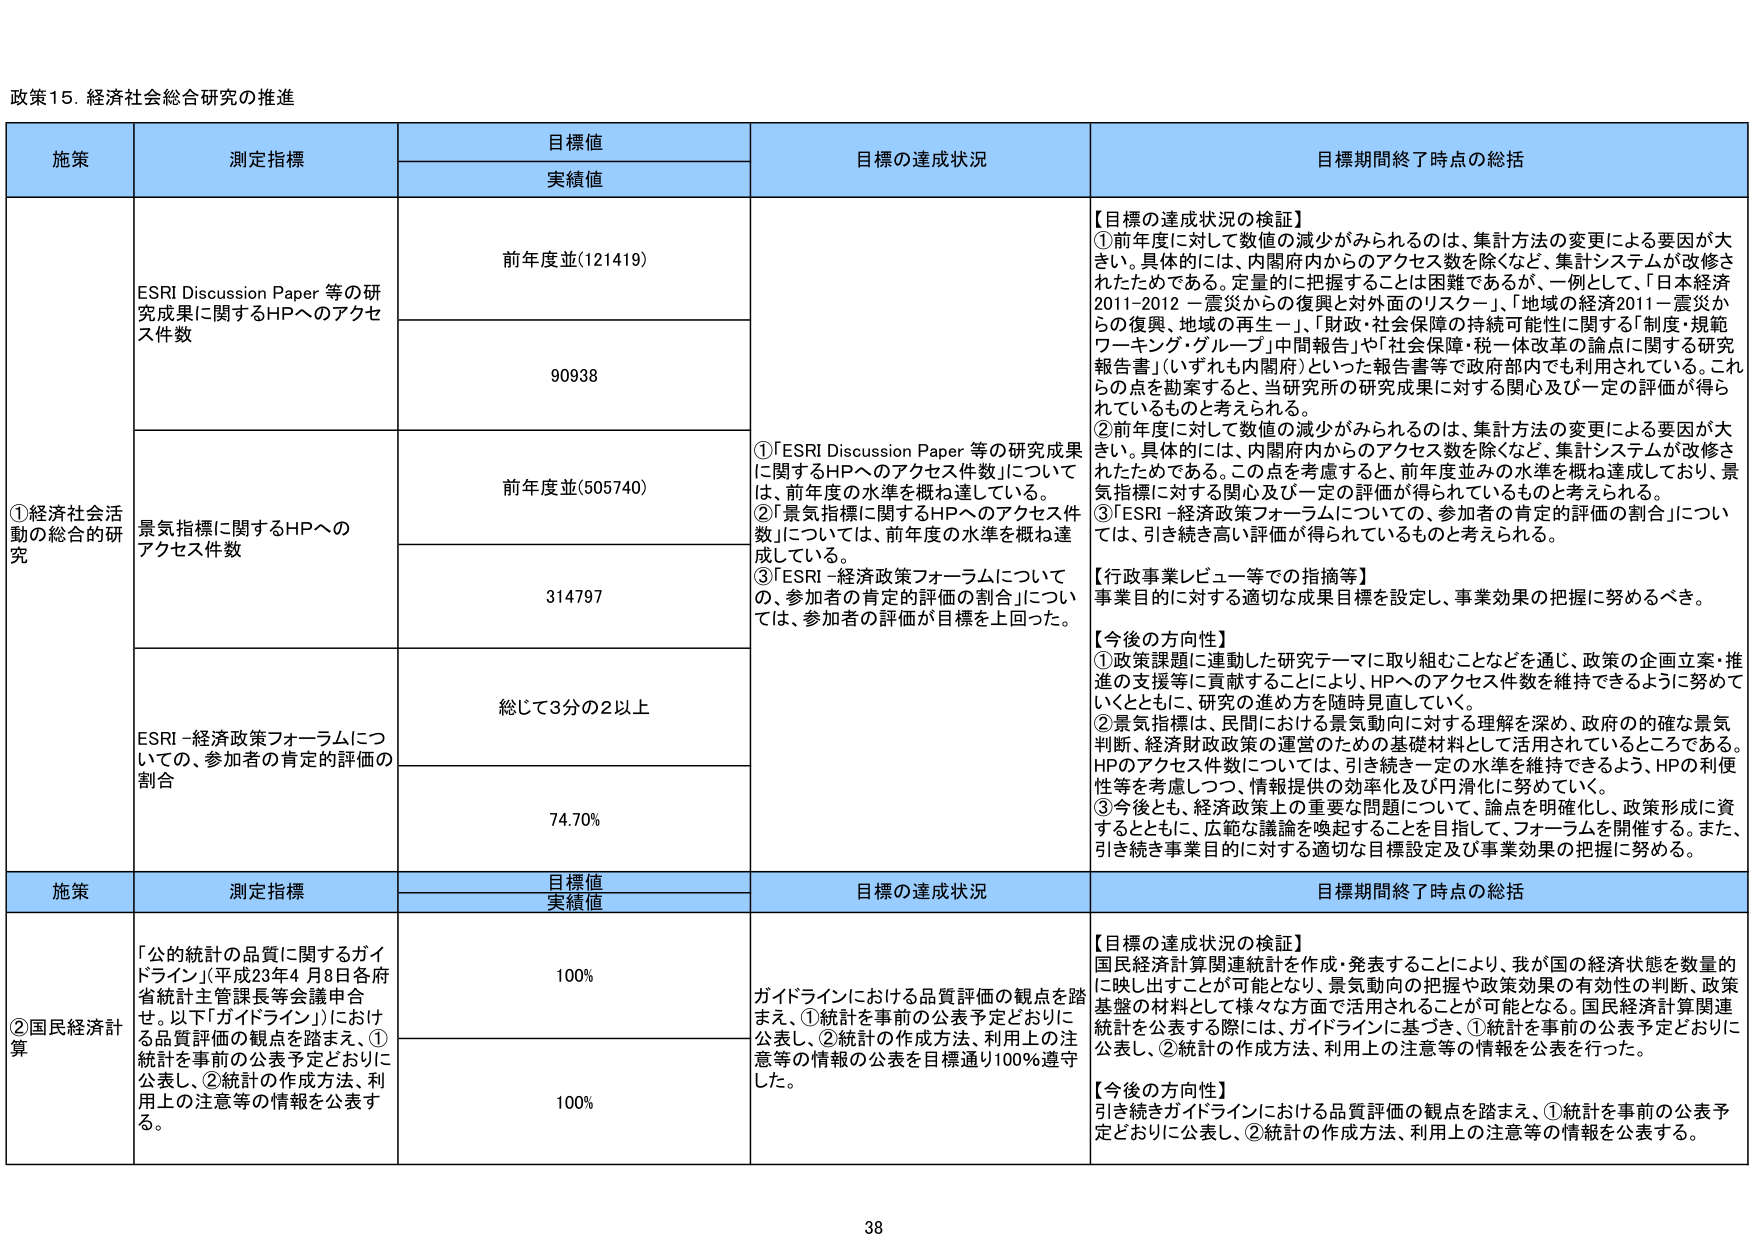
政策15. 経済社会総合研究の推進

施策	測定指標	目標値	目標の達成状況	目標期間終了時点の総括
		実績値
①経済社会活動の総合的研究	ESRI Discussion Paper 等の研究成果に関するHPへのアクセス件数	前年度並(121419)	【目標の達成状況の検証】
①前年度に対して数値の減少がみられるのは、集計方法の変更による要因が大きい。具体的には、内閣府内からのアクセス数を除くなど、集計システムが改修されたためである。定量的に把握することは困難であるが、一例として、「日本経済2011-2012 －震災からの復興と対外面のリスク－」、「地域の経済2011－震災からの復興、地域の再生－」、「財政・社会保障の持続可能性に関する「制度・規範ワーキング・グループ」中間報告」や「社会保障・税一体改革の論点に関する研究報告書」（いずれも内閣府）といった報告書等で政府部内でも利用されている。これらの点を勘案すると、当研究所の研究成果に対する関心及び一定の評価が得られているものと考えられる。
②前年度に対して数値の減少がみられるのは、集計方法の変更による要因が大きい。具体的には、内閣府内からのアクセス数を除くなど、集計システムが改修されたためである。この点を考慮すると、前年度並みの水準を概ね達成しており、景気指標に対する関心及び一定の評価が得られているものと考えられる。
③「ESRI -経済政策フォーラムについての、参加者の肯定的評価の割合」については、引き続き高い評価が得られているものと考えられる。
【行政事業レビュー等での指摘等】
事業目的に対する適切な成果目標を設定し、事業効果の把握に努めるべき。
【今後の方針】
①政策課題に連動した研究テーマに取り組むことなどを通じ、政策の企画立案・推進の支援等に貢献することにより、HPへのアクセス件数を維持できるように努めていくとともに、研究の進め方を随時見直していく。
②景気指標は、民間における景気動向に対する理解を深め、政府の的確な景気判断、経済財政政策の運営のための基礎材料として活用されているところである。HPのアクセス件数については、引き続き一定の水準を維持できるよう、HPの利便性等を考慮しつつ、情報提供の効率化及び円滑化に努めていく。
③今後とも、経済政策上の重要な問題について、論点を明確化し、政策形成に資するとともに、広範な議論を喚起することを目指して、フォーラムを開催する。また、引き続き事業目的に対する適切な目標設定及び事業効果の把握に努める。	90938
	景気指標に関するHPへのアクセス件数	前年度並(505740)	①「ESRI Discussion Paper 等の研究成果に関するHPへのアクセス件数」については、前年度の水準を概ね達している。
②「景気指標に関するHPへのアクセス件数」については、前年度の水準を概ね達成している。
③「ESRI -経済政策フォーラムについての、参加者の肯定的評価の割合」については、参加者の評価が目標を上回った。	314797
	ESRI -経済政策フォーラムについての、参加者の肯定的評価の割合	総じて3分の2以上	74.70%

施策	測定指標	目標値	目標の達成状況	目標期間終了時点の総括
		実績値
②国民経済計算	「公的統計の品質に関するガイドライン」（平成23年4月8日各府省統計主管課長等会議申合せ。以下「ガイドライン」）における品質評価の観点を踏まえ、①統計を事前の公表予定どおりに公表し、②統計の作成方法、利用上の注意等の情報を公表する。	100%	ガイドラインにおける品質評価の観点を踏まえ、①統計を事前の公表予定どおりに公表し、②統計の作成方法、利用上の注意等の情報の公表を目標通り100%遵守した。	【目標の達成状況の検証】
国民経済計算関連統計を作成・発表することにより、我が国の経済状態を数量的に映し出すことが可能となり、景気動向の把握や政策効果の有効性の判断、政策基盤の材料として様々な方面で活用されることが可能となる。国民経済計算関連統計を公表する際には、ガイドラインに基づき、①統計を事前の公表予定どおりに公表し、②統計の作成方法、利用上の注意等の情報を公表を行った。
【今後の方針】
引き続きガイドラインにおける品質評価の観点を踏まえ、①統計を事前の公表予定どおりに公表し、②統計の作成方法、利用上の注意等の情報を公表する。	100%

38